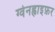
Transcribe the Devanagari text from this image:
ग्वेनह्वाइफ़र